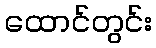
ထောင်တွင်း